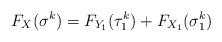
LaTeX: \begin{align*}F_X(\sigma^k) = F_{Y_1}(\tau_1^k) + F_{X_1}(\sigma_1^k) \end{align*}